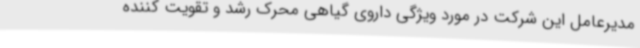
مدیرعامل این شرکت در مورد ویژگی داروی گیاهی محرک رشد و تقویت کننده